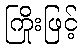
ကြိုးဖြင့်